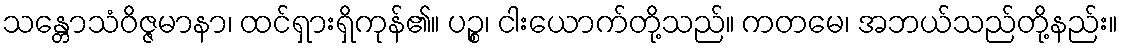
သန္တောသံဝိဇ္ဇမာနာ၊ ထင်ရှားရှိကုန်၏။ ပဉ္စ၊ ငါးယောက်တို့သည်။ ကတမေ၊ အဘယ်သည်တို့နည်း။